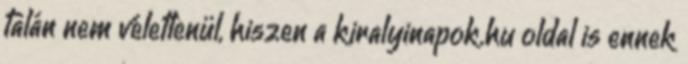
talán nem véletlenül, hiszen a kiralyinapok.hu oldal is ennek